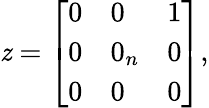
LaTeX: \mathit{z}={\left[\begin{array}{lll}{0}&{0}&{1}\\ {0}&{0_{n}}&{0}\\ {0}&{0}&{0}\end{array}\right]},